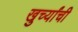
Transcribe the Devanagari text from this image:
खुर्च्यांची